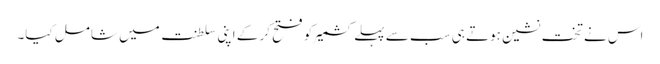
اس نے تخت نشین ہوتے ہی سب سے پہلے کشمیر کو فتح کر کے اپنی سلطنت میں شامل کیا۔